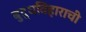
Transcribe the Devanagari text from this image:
बुद्धविहाराची